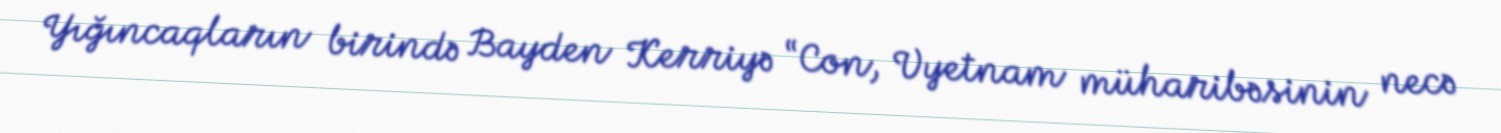
Yığıncaqların birində Bayden Kerriyə “Con, Vyetnam müharibəsinin necə